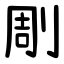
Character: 㓮